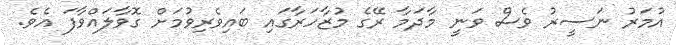
އުމަރު ނަސީރު ވެސް ވަނީ މާދަމާ ރޭގެ މުޒާހަރާގައި ބައިވެރިވުމަށް ގޮވާލައްވާފަ އެވެ.